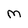
Character: m